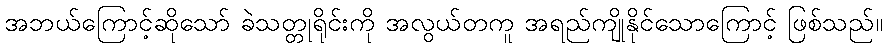
အဘယ်ကြောင့်ဆိုသော် ခဲသတ္တုရိုင်းကို အလွယ်တကူ အရည်ကျိုနိုင်သောကြောင့် ဖြစ်သည်။